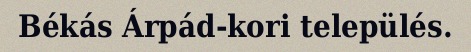
Békás Árpád-kori település.